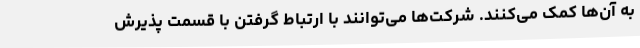
به آن‌ها کمک می‌کنند. شرکت‌ها می‌توانند با ارتباط گرفتن با قسمت پذیرش